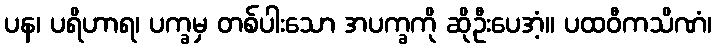
ပန၊ ပရိဟာရ၊ ပက္ခမှ တစ်ပါးသော အပက္ခကို ဆိုဦးပေအံ့။ ပထဝီကသိဏံ၊